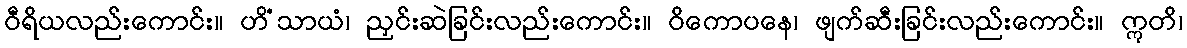
ဝီရိယလည်းကောင်း။ ဟိံသာယံ၊ ညှင်းဆဲခြင်းလည်းကောင်း။ ဝိကောပနေ၊ ဖျက်ဆီးခြင်းလည်းကောင်း။ ဣတိ၊